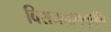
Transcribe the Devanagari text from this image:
विराजमानमूर्धनि